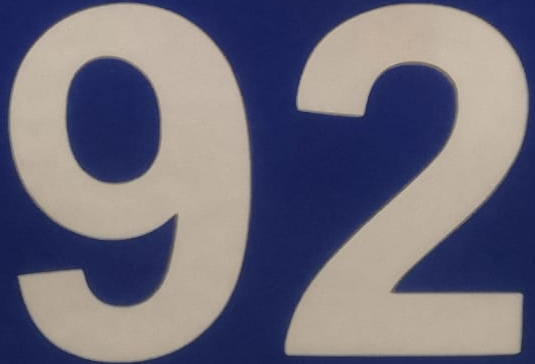
92